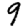
Digit: 9